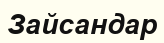
Зайсандар